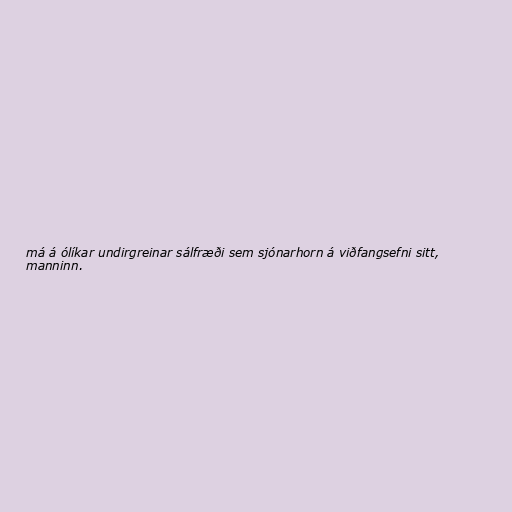
má á ólíkar undirgreinar sálfræði sem sjónarhorn á viðfangsefni sitt,
manninn.